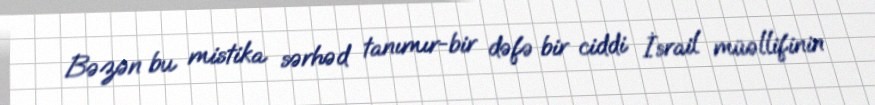
Bəzən bu mistika sərhəd tanımır-bir dəfə bir ciddi İsrail müəllifinin